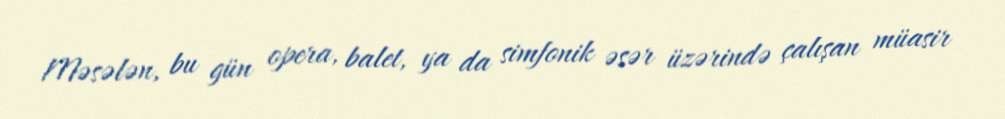
Məsələn, bu gün opera, balet, ya da simfonik əsər üzərində çalışan müasir